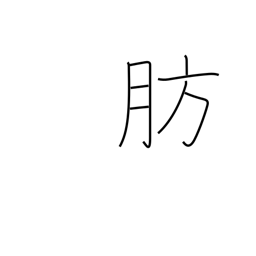
Meaning: obese